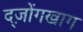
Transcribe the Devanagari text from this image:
द्ज़ोंगखाग